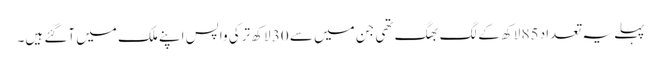
پہلے یہ تعداد 85 لاکھ کے لگ بھگ تھی جن میں سے 30 لاکھ ترکی واپس اپنے ملک میں آگئے ہیں۔